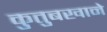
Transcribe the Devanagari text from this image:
कुतुबखाने